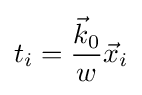
t_{i}={\frac {{\vec {k}}_{0}}{w}}{\vec {x}}_{i}